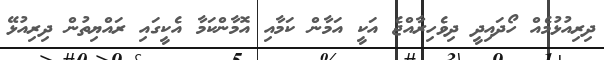
ދިރިއުޅުމެއް ހޯދައިދީ ދިވެހިރާއްޖެ އަކީ އަމާން ކަމާއި އޮމާންކަމާ އެކީގައި ރައްޔިތުން ދިރިއުޅޭ